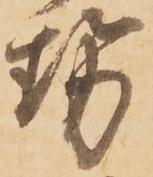
勢